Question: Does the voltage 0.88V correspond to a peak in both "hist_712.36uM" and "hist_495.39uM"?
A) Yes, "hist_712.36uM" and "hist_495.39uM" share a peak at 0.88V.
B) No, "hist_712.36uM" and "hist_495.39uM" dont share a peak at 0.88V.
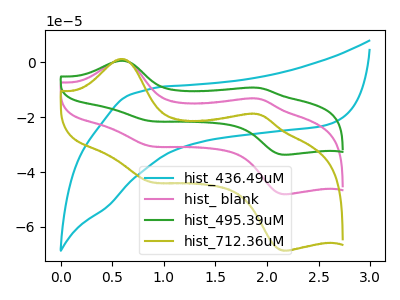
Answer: <think>The cyan curve "hist_436.49uM" has no peaks. The pink curve "hist_ blank" has anodic peaks at (0.60V, 0.90uA) (1.90V, -13.25uA) and cathodic peaks at (0.90V, -30.60uA) (2.20V, -48.10uA). The green curve "hist_495.39uM" has anodic peaks at (0.60V, 1.80uA) (1.90V, -26.45uA) and cathodic peaks at (0.90V, -61.15uA) (2.20V, -96.20uA). The olive curve "hist_712.36uM" has anodic peaks at (0.60V, 1.30uA) (1.90V, -18.90uA) and cathodic peaks at (0.90V, -43.65uA) (2.20V, -68.70uA).</think>
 <answer>A) Yes, "hist_712.36uM" and "hist_495.39uM" share a peak at 0.88V.</answer>
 <eval>A</eval>